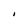
Character: I